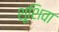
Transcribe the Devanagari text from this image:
शूशिवा